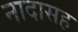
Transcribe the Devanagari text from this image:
नादासह